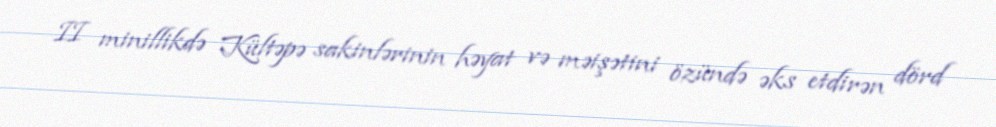
II minillikdə Kültəpə sakinlərinin həyat və məişətini özündə əks etdirən dörd